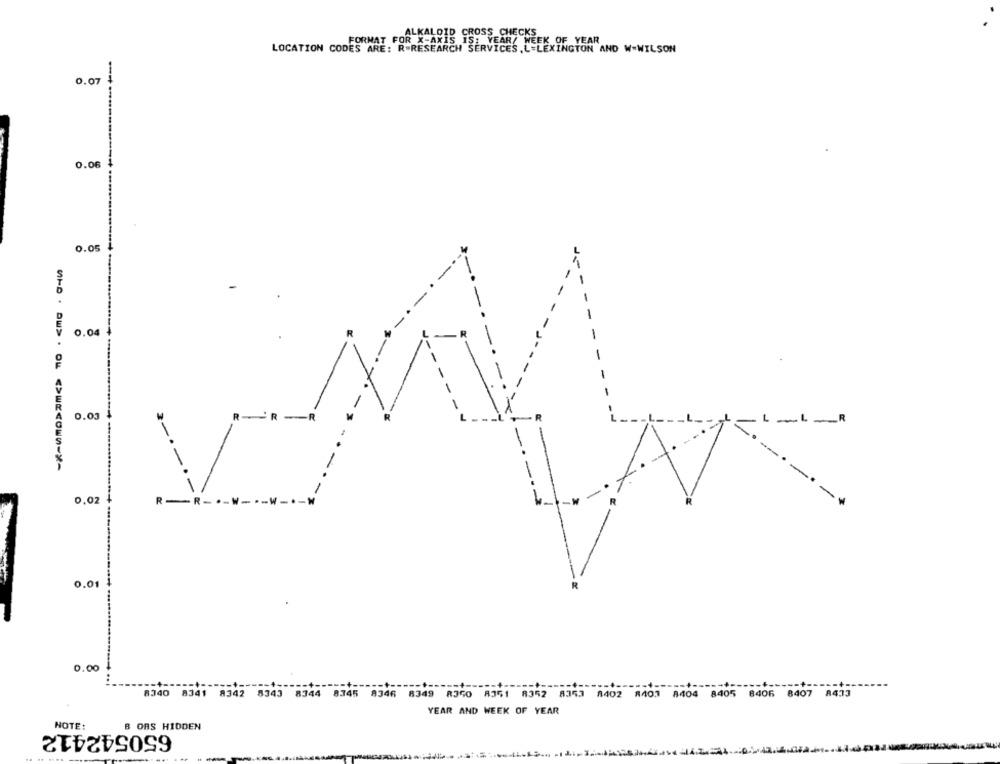
FORMAT FOR X-AXIS IS; YEAR/ WEEK OF YEAR
ALKALOID CROSS CHECKS
LOCATION CODES ARE: R-RESEARCH SERVICES.L.L
0.07
-------------
0.06
0.05
0.04
.03
RR
-R
_R
0.02
R-R -----
0.01
0.00
------
8340 8341 8342 8343 8344 8345 8346 8349 8350 8351 8352 8353 8402 8401 8404 8405 8406 8407 8473
YEAR AND WEEK OF YEAR
NOTE:
B ORS HIDDEN
650542412